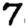
Digit: 7